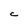
Character: C